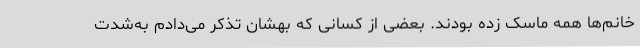
خانم‌ها همه ماسک زده بودند. بعضی از کسانی که بهشان تذکر می‌دادم به‌شدت